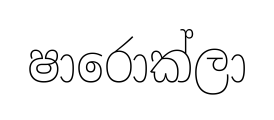
ෂාරොක්ලා